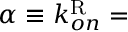
\alpha \equiv k _ { o n } ^ { \mathrm { R } } =